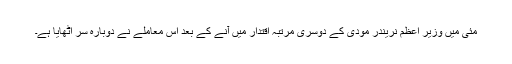
مئی میں وزیر اعظم نریندر مودی کے دوسری مرتبہ اقتدار میں آنے کے بعد اس معاملے نے دوبارہ سر اٹھایا ہے۔